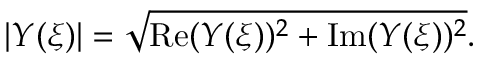
| Y ( \xi ) | = \sqrt { \mathrm { R e } ( Y ( \xi ) ) ^ { 2 } + \mathrm { I m } ( Y ( \xi ) ) ^ { 2 } } .